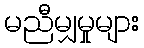
မညီမျှမှုများ